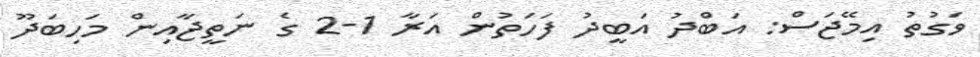
ވަގުތު އިމޭޖަސް: އަބްދު އަބީދު ފަހަތުން އަރާ 1-2 ގެ ނަތީޖާއިން މަހިބަދޫ